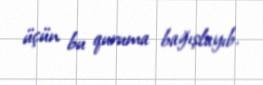
üçün bu quruma bağışlayıb.